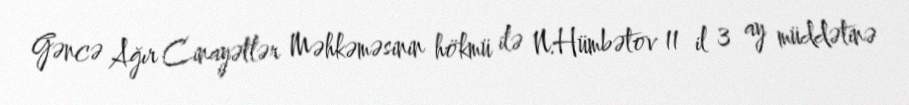
Gəncə Ağır Cinayətlər Məhkəməsinin hökmü ilə N.Hümbətov 11 il 3 ay müddətinə